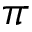
\pi